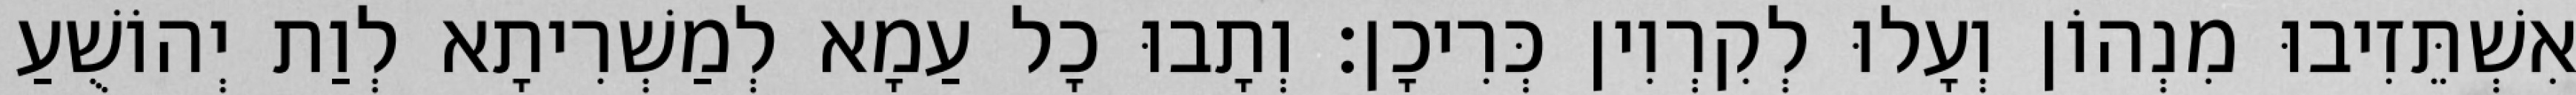
אִשְׁתֵּזִיבוּ מִנְהוֹן וְעָלוּ לְקִרְוִין כְּרִיכָן׃ וְתָבוּ כָל עַמָא לְמַשְׁרִיתָא לְוַת יְהוֹשֻׁעַ